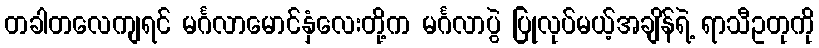
တခါတလေကျရင် မင်္ဂလာမောင်နှံလေးတို့က မင်္ဂလာပွဲ ပြုလုပ်မယ့်အချိန်ရဲ့ ရာသီဥတုကို